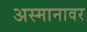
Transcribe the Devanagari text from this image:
अस्मानावर